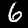
Digit: 6